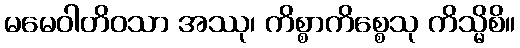
မမေဝါတိဝသာ အဿု၊ ကိစ္စာကိစ္စေသု ကိသ္မိစိ။